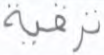
ترقية